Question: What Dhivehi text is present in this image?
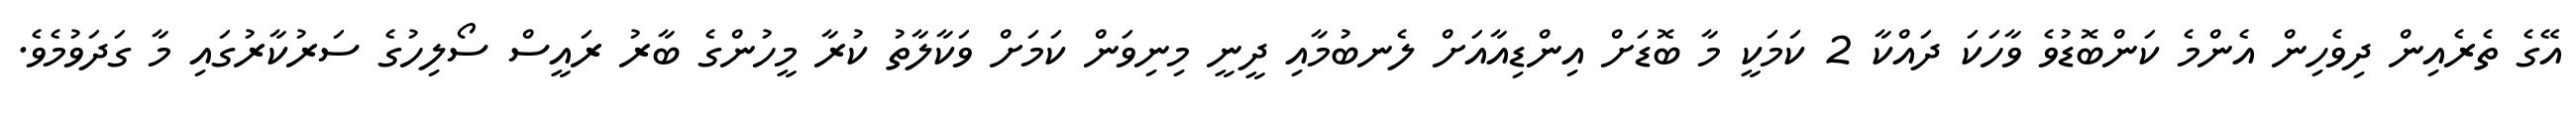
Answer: އޭގެ ތެރެއިން ދިވެހިން އެންމެ ކަންބޮޑުވެ ވާހަކަ ދައްކާ 2 ކަމަކީ މާ ބޮޑަށް އިންޑިއާއަށް ލެނބުމާއި ދީނީ މިނިވަން ކަމަށް ވަކާލާތު ކުރާ މީހުންގެ ބާރު ރައީސް ސޯލިހުގެ ސަރުކާރުގައި މާ ގަދަވުމެވެ.